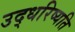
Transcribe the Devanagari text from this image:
उद्धरिष्यति